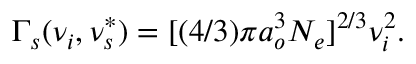
\Gamma _ { s } ( \nu _ { i } , \nu _ { s } ^ { * } ) = [ ( 4 / 3 ) \pi a _ { o } ^ { 3 } N _ { e } ] ^ { 2 / 3 } \nu _ { i } ^ { 2 } .